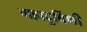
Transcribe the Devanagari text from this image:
महादुर्बिणी